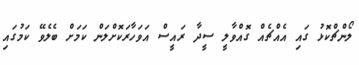
ލޯންޗްކޮޅު ގައި އެއްޗެއް ގޮއްވާލީ ސީދާ ރައީސް އަވަހާރަކޮށްލަން ކަމަށް ބެލެވޭ ކަމުގައި